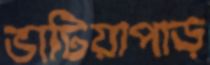
ভাটিয়াপাড়